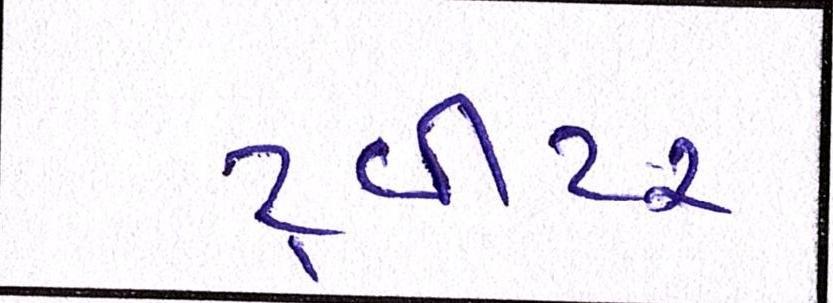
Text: ટ્વીટર